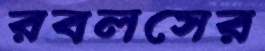
রবলসের